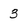
Character: 3